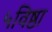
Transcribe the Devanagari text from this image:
५विष्ठा